Lunatic asylums Madras 1877-1891 - 1877-1891
Year: 1877
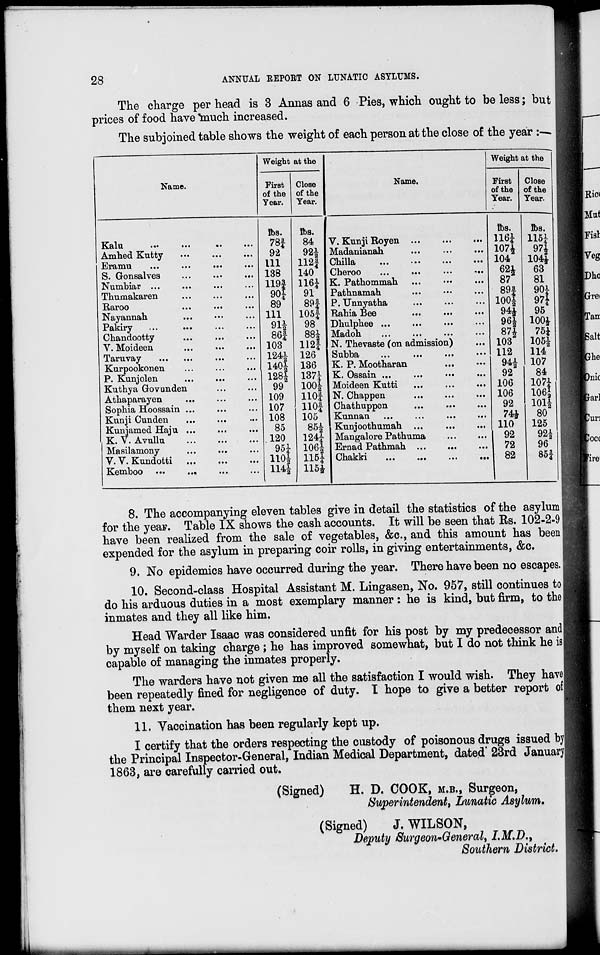
28
ANNUAL REPORT ON LUNATIC ASYLUMS.
The charge per head is 3 Annas and 6 Pies, which ought to be less; but
prices of food have much increased.
The subjoined table shows the weight of each person at the close of the year :—
Name.
Kalu ... ... .. ...
Amhed Kutty ... ... ...
Eramu
...
...
...
...
S. Gonsalves ... ... ...
Numbiar ... ... ... ...
Thumakaren ... ... ...
Raroo ... ... ...
Nayannah. ... ... ...
Pakiry ... ... ... ...
Chandootty ... ... ...
V. Moideen ... ... ...
Taruvay ... ... ... ...
Kurpookonen ... ... ...
P. Kunjolen ... ... ...
Kuthya Govunden ... ...
Athaparayen ... ... ...
Sophia Hoossain ... ... ...
Kunji Cunden ... ... ...
Kunjamed Haju ... ... ...
K. V. Avullu ... ... ...
Masilamony ... ... ...
V. V. Kundotti ... ... ...
Kemboo ...
... ...
Weight at the
First
of the
Year.
lbs.
78¾
92
111
138
119¾
90¼
89
111
91½
86¾
103
124½
140½
128½
99
109
107
108
85
120
95¼
110½
114½
Close
of the
Year.
lbs.
84
92½
112¾
140
116¼
91
89¾
105¾
98
88½
112¾
126
136
137¼
100½
110¾
110¾
105
85½
124¼
106½
115¼
115½
Name.
V. Kunji Royen ... ... ...
Madanianah ... ... ...
Chilla
...
...
...
...
Cheroo
...
...
...
...
K. Pathommah ...
...
...
Pathnamah
... ... ...
P. Unnyatha ... ... ...
Rahia Bee ... ...
...
Dhulphee ... ... ... ...
Madoh ... ... ... ...
N. Thevaste (on admission) ...
Subba
...
...
... ...
K. P. Mootharan ... ...
K. Ossain ... ...
...
...
Moideen Kutti ... ... ...
N. Chappen ... ... ...
Chathuppen ... ... ...
Kunnan ... ... ... ...
Kunjoothumah ... ... ...
Mangalore Pathuma ... ...
Ernad Pathmah ... ... ...
Chakki ... ... ... ...
Weight at the
First
of the
Year.
lbs.
116¼
107½
104
62½
87½
89¾
100½
94½
96½
87½
103
112
94½
92
106
106
92
74½
110
92
72
82
Close
of the
Year.
lbs.
115¼
97½
104½
63
81
90¼
97¼
95
100½
75¼
105½
114
107
84
107¼
106½
101½
80
125
92½
96
85¾
8. The accompanying eleven tables give in detail the statistics of the asylum
for the year. Table IX shows the cash accounts. It will be seen that Rs. 102-2-9
have been realized from the sale of vegetables, &c., and this amount has been
expended for the asylum in preparing coir rolls, in giving entertainments, &c.
9. No epidemics have occurred during the year. There have been no escapes.
10. Second-class Hospital Assistant M. Lingasen, No. 957, still continues to
do his arduous duties in a most exemplary manner : he is kind, but firm, to the
inmates and they all like him.
Head Warder Isaac was considered unfit for his post by my predecessor and
by myself on taking charge; he has improved somewhat, but I do not think he is
capable of managing the inmates properly.
The warders have not given me all the satisfaction I would wish. They have
been repeatedly fined for negligence of duty. I hope to give a better report of
them next year.
11. Vaccination has been regularly kept up.
I certify that the orders respecting the custody of poisonous drugs issued by
the Principal Inspector-General, Indian Medical Department, dated 23rd January
1863, are carefully carried out.
(Signed)
H. D. COOK, M.B., Surgeon,
Superintendent, Lunatic Asylum.
(Signed)
J. WILSON,
Deputy Surgeon-General, I.M.D.,
Southern District.